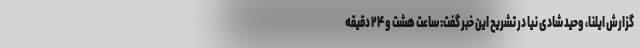
گزارش ایلنا، وحید شادی نیا در تشریح این خبر گفت: ساعت هشت و ۲۴ دقیقه